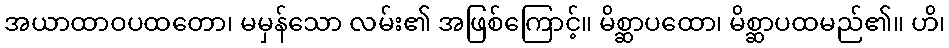
အယာထာဝပထတော၊ မမှန်သော လမ်း၏ အဖြစ်ကြောင့်။ မိစ္ဆာပထော၊ မိစ္ဆာပထမည်၏။ ဟိ၊